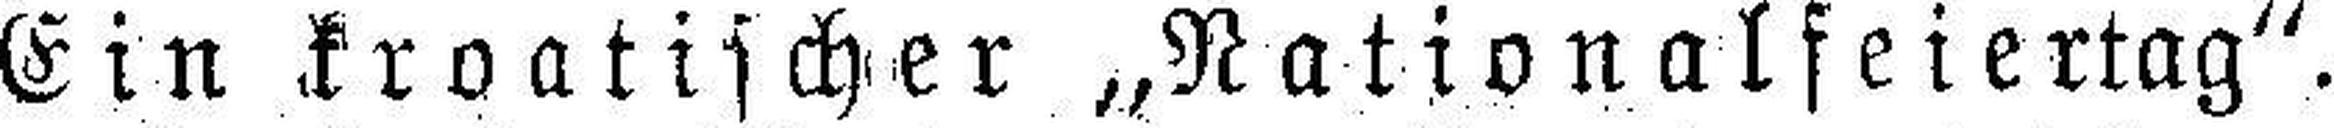
Ein kroatischer „Nationalfeiertag“.